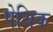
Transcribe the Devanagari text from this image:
पेथिक